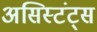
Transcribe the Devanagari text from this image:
असिस्टंट्स